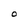
Character: O